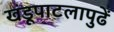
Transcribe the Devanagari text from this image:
खंडूपाटलापुढें